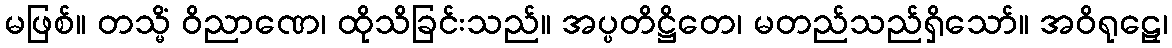
မဖြစ်။ တသ္မိံ ဝိညာဏေ၊ ထိုသိခြင်းသည်။ အပ္ပတိဋ္ဌိတေ၊ မတည်သည်ရှိသော်။ အဝိရုဠှေ၊